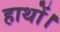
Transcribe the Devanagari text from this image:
हाथों।